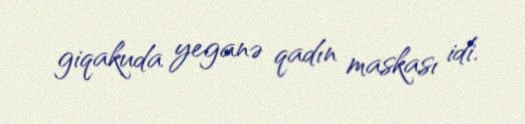
giqakuda yeganə qadın maskası idi.